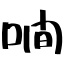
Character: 㗴